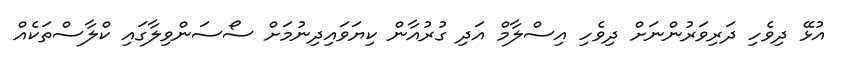
އުޅޭ ދިވެހި ދަރިވަރުންނަށް ދިވެހި އިސްލާމް އަދި ގުރުއާން ކިޔަވައިދިނުމަށް ސޯސަންވިލާގައި ކްލާސްތަކެއް